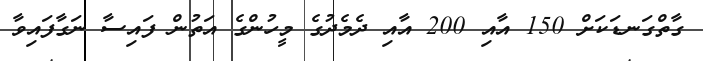
ގާތްގަނޑަކަށް 150 އާއި 200 އާއި ދެމެދުގެ މީހުންގެ އަތުން ފައިސާ ނަގާފައިވާ